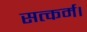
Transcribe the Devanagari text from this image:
सत्कर्म।